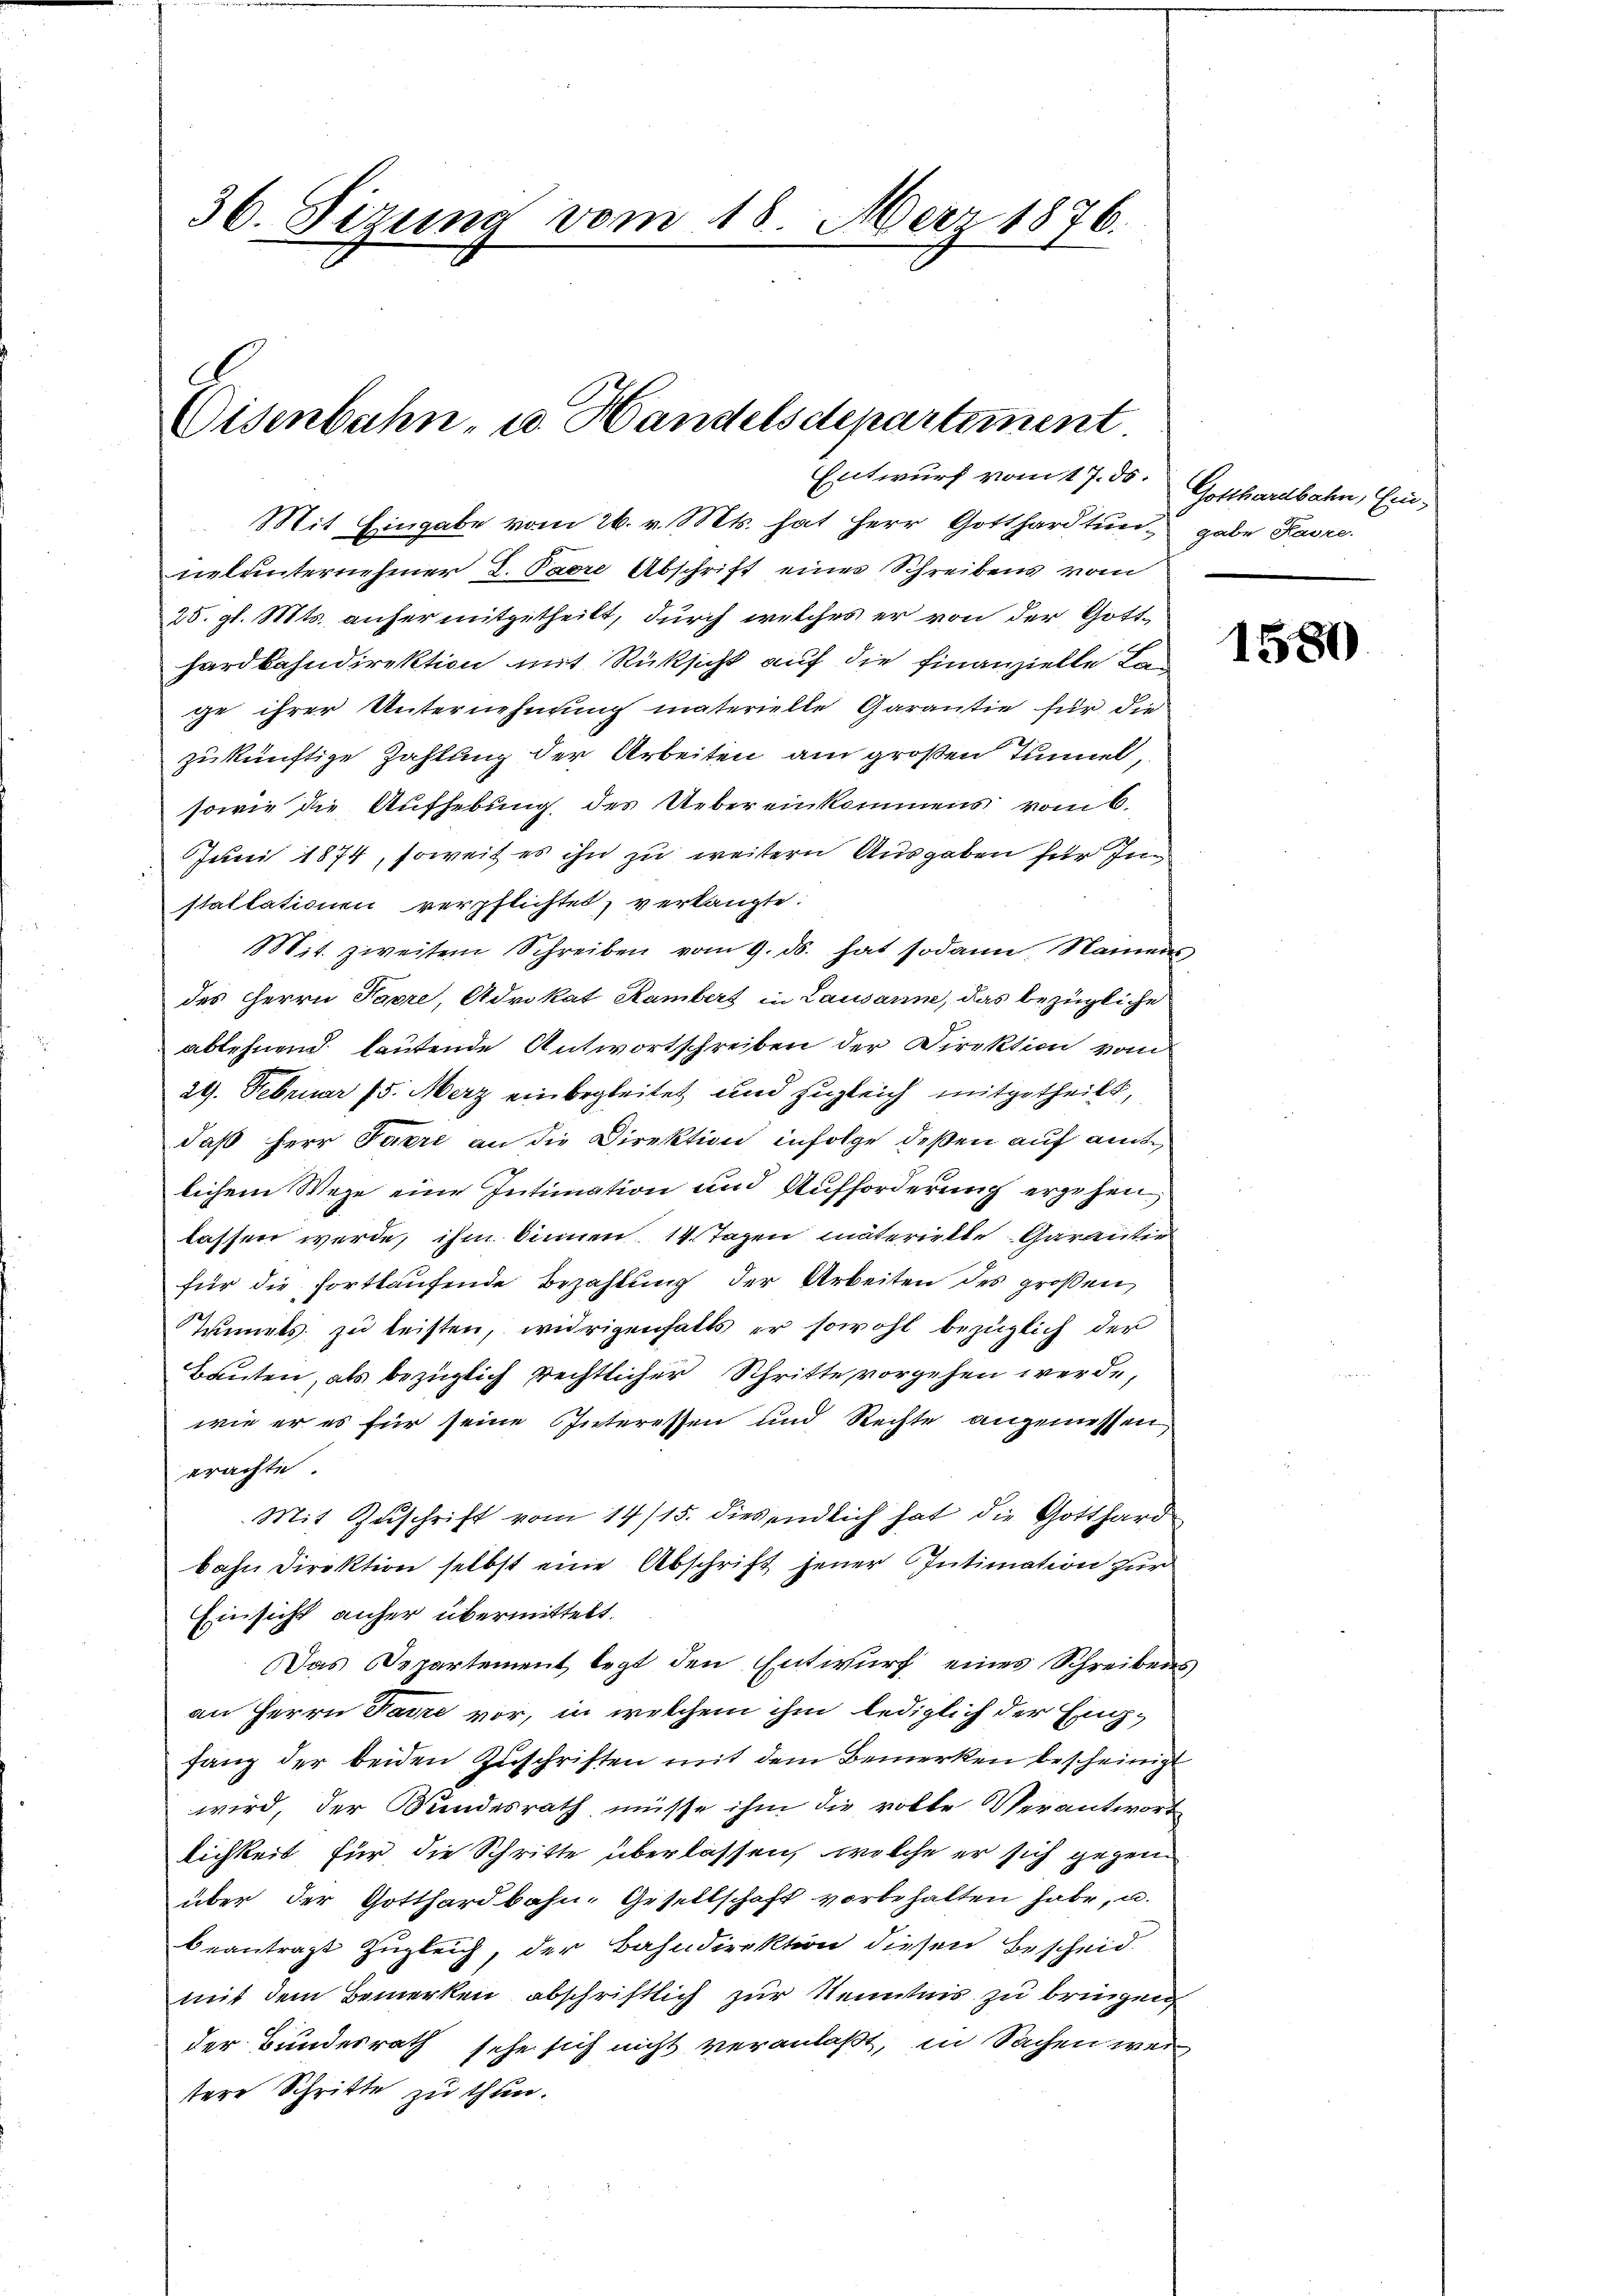
36. Sizung vom 18. März 1876.

Eisenbahn- u. Handelsdepartement.

17. 86.

Mit Eingabe vom 26. v. Mts. hat Herr Gotthardtun, gabe Kasre
nelunternehmer L. Pare Abschrift eines Schreibens vom
25. gl. Mts. anfer mitgetheilt, durch welches er von der Gotthardbahndirektion mit Rüksicht auf die Finanzielle Lan
ge ihrer Unternehmung materielle Garantie für die
zukünftige Zahlung der Arbeiten am großen Tunnel,
sowie die Aufhebung des Uebereinkommens vom 6.
Juni 1874, soweit es ihn zu weitern Ausgaben für Installationen verpflichtet, verlangte:
Mit. zweiten Schreiben vom 9. ds. hat sodann, Namens,
des Herrn Parre, Advokat Rambert in Lausanne, das bezügliche
ablehnend lautende Antwortschreiben der Direktion vom
29. Februar 15. Merz einbegleitet und zugleich mitgetheilt,
daß Herr Parre an die Direktion infolge deßen auf ante
lichem Wege eine Intimation und Aufforderung ergehen
lassen werde, ihm binnen 14 Tagen materiekte Garanter
für die fortlaufende Bezahlung der Arbeiten des großen
uniels zu leisten, widrigenfalls er sowohl bezüglich der
Bauten, als bezüglich rechtlicher Schritte vorgehen werde,
wie er es für seine Interessen und Rechte angemessen,
erachte.
Mit Zŭschrift vom 14/15. dies endlich hat die Gotthard
bahn Direktion selbst eine Abschrift jener Intimation zur
Einsicht anfer übermittelt.
Das Departement legt den Entwurf eines Schreibens
an Herrn Parre vor, in welchem ihm lediglich der Engfang der beiden Zuschriften mit dem Bemerken bescheinigt
wird, der Bundesrath müsse ihm die rotte Verantwort
lichkeit für die Schritte überlassen, welche er sich gegen
über der Gotthardbahn-Gesellschaft vorbehalten habe, u.
beantragt zugleich, der Bahndirektion diesen Bescheid
mit dem Bemerken abschriftlich zur Kenntnis zu bringen,
der Bundesrath sehe sich nicht veranlaßt, in Sachen wei
stere Schritte zu thun.

Gotthardbahn, Ein¬

1580